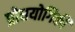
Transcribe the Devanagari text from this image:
प्रोधयोगिकी